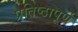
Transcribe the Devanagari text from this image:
प्रतिष्‍ठापूर्ण